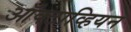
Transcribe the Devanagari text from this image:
ऑक्टाव्हियन